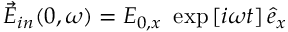
\vec { E } _ { i n } ( 0 , \omega ) = E _ { 0 , x } ~ \exp \left[ i \omega t \right] \hat { e } _ { x }